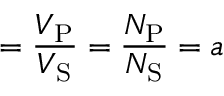
= { \frac { V _ { \mathrm { P } } } { V _ { \mathrm { S } } } } = { \frac { N _ { \mathrm { P } } } { N _ { \mathrm { S } } } } = a